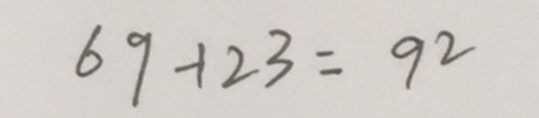
6 9 + 2 3 = 9 2